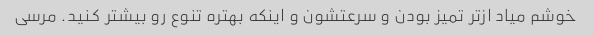
خوشم میاد از‌تر تمیز بودن و سرعتشون و اینکه بهتره تنوع رو بیشتر کنید. مرسی